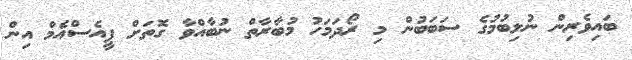
ބައިވެރިން ނުލިބުމުގެ ސަބަބުން މި ރޯދަމަހު މުބާރާތް ނުބާއްވާ ގޮތަށް ޕީއެސްއެމް އިން